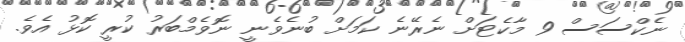
ނެކްސަސް 9 މާކެޓަށް ނެރޭނެ ކަމަށް ބުނެވެނީ ނޮވެމްބަރު ކުރީ ކޮޅު އެވެ.